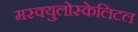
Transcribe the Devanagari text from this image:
मस्क्युलोस्केलिटल